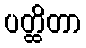
ပတ္ထိတာ